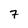
Character: 7